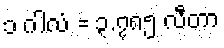
၁ ဂါလံ = ၃.၇၈၅ လီတာ